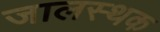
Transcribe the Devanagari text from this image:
जालस्थक